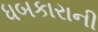
ધબકારાની